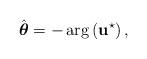
LaTeX: \begin{align*}\hat{\boldsymbol{\theta}} = -\arg\left(\mathbf{u}^{\star}\right),\end{align*}